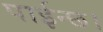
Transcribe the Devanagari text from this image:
पाईन्छ।